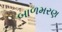
બાળમરણ